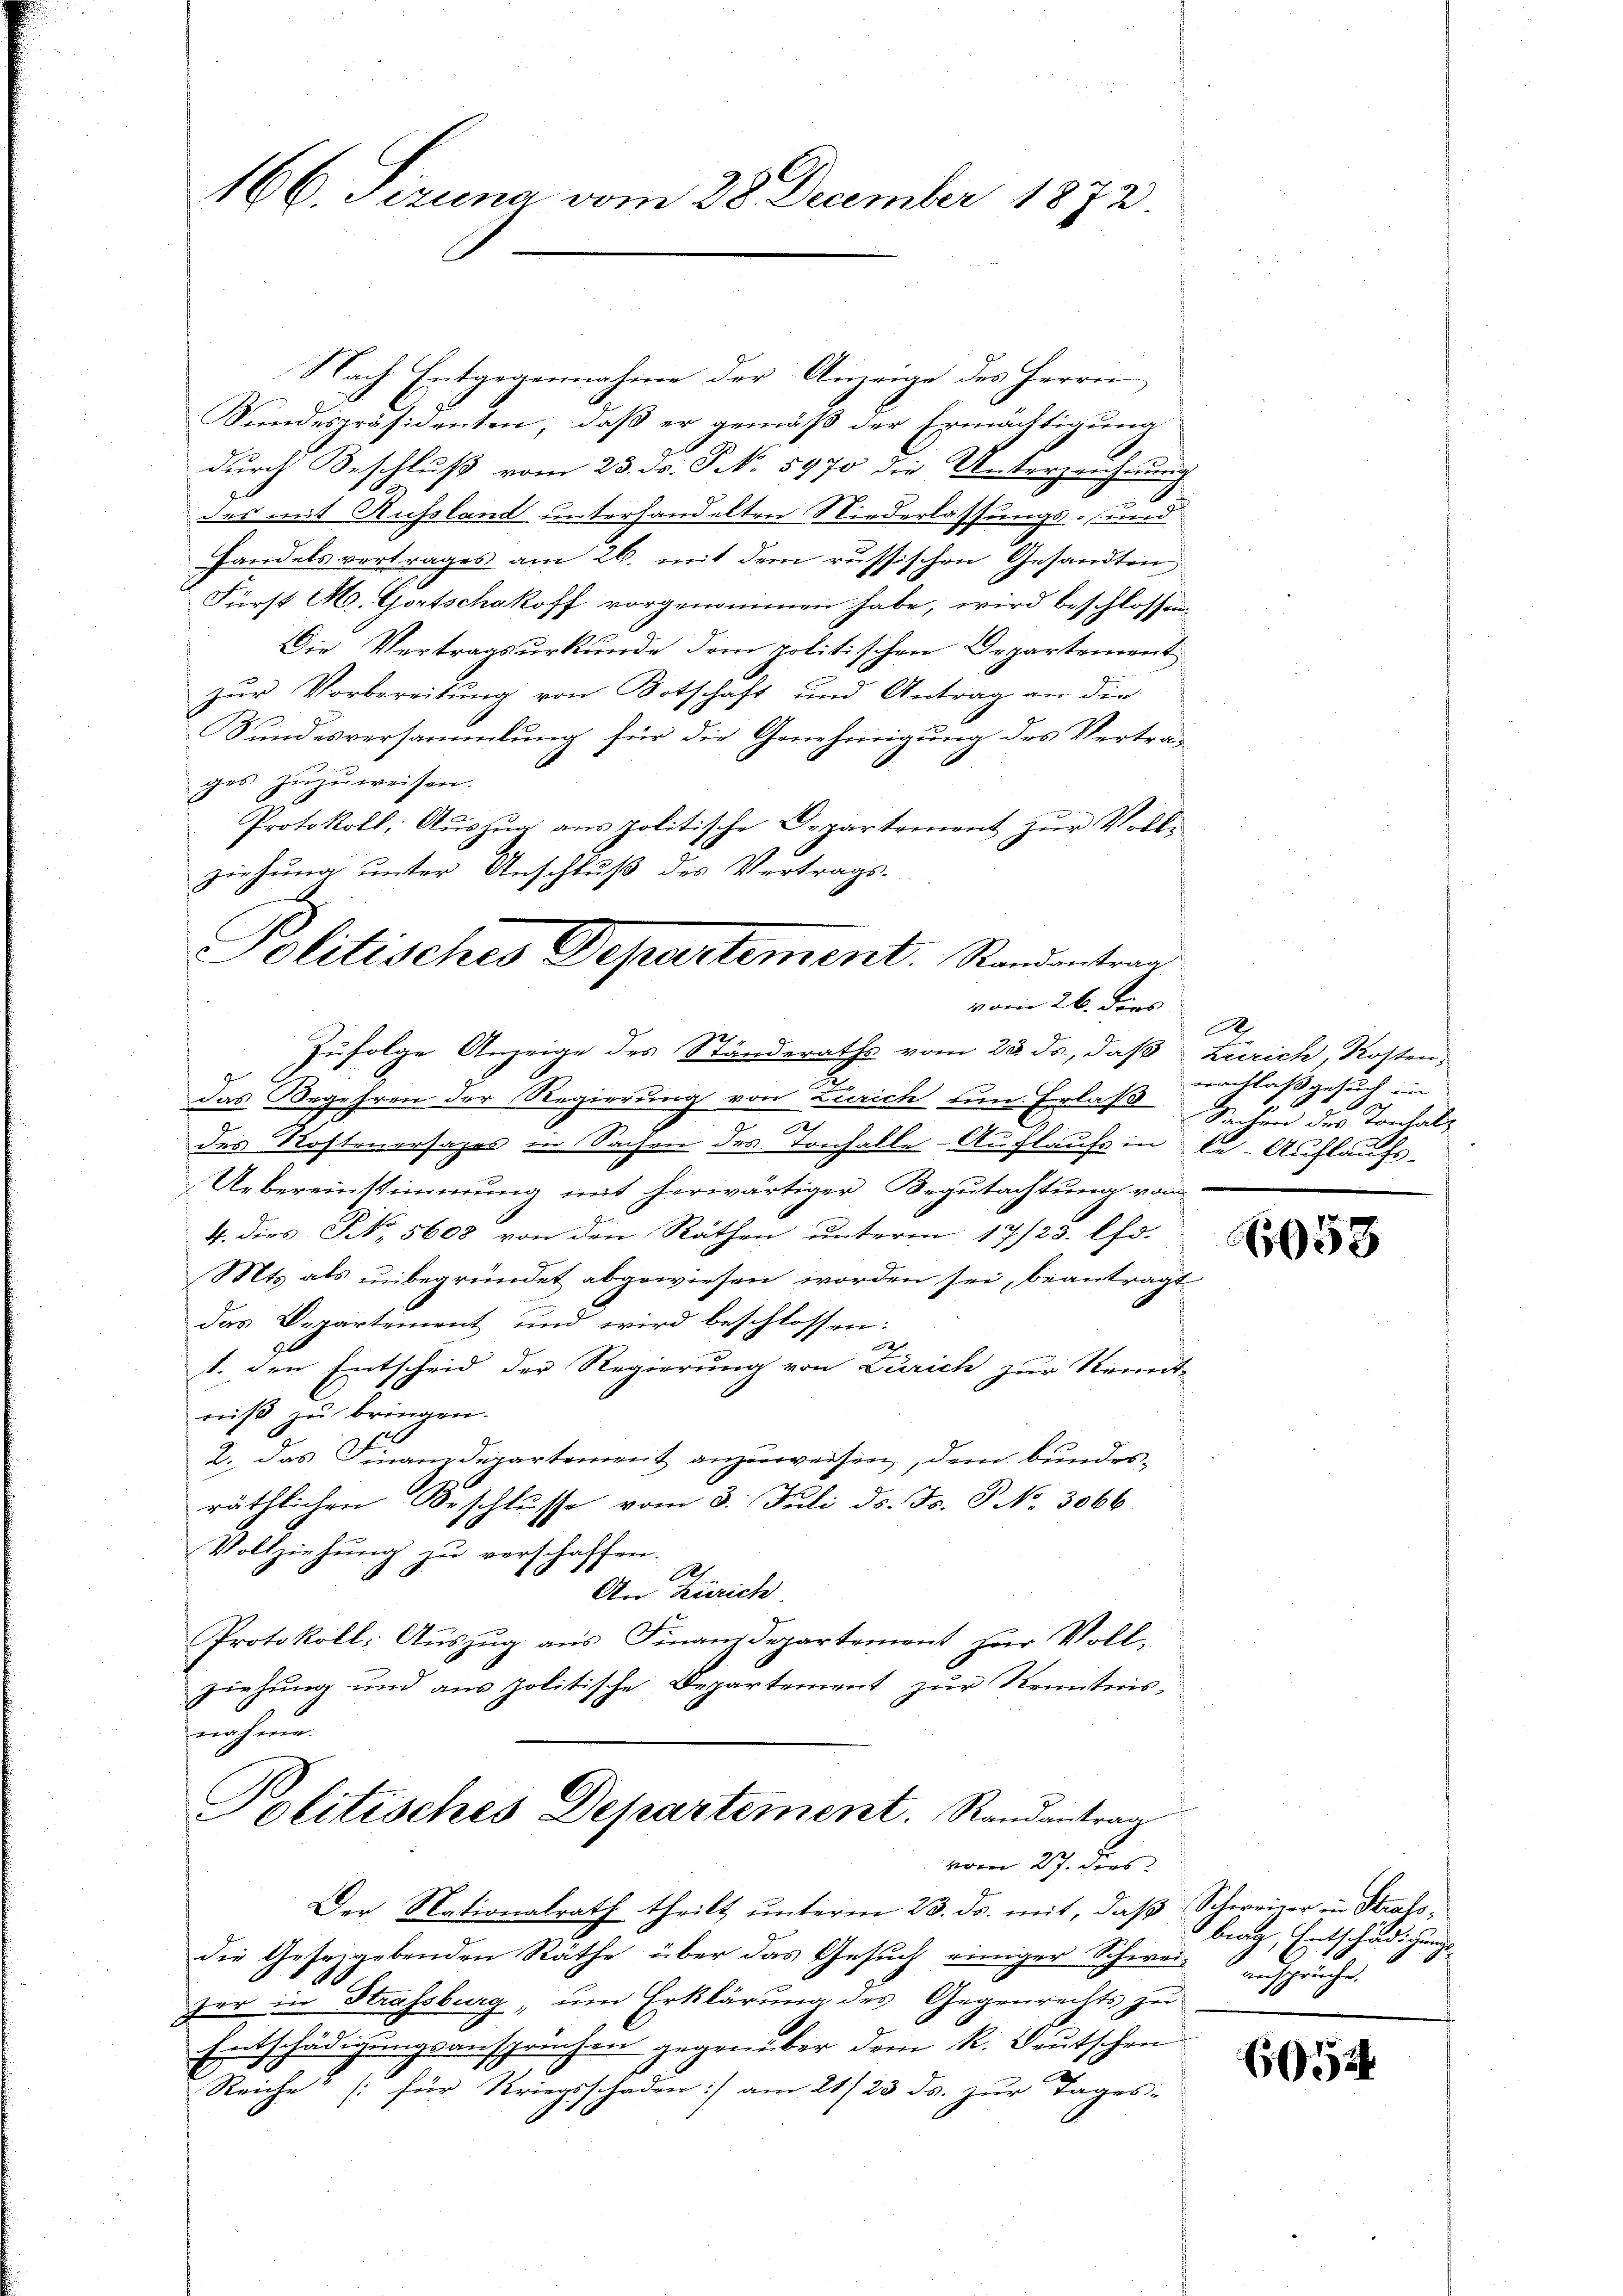
166. Sizung vom 28. December 1872.

Nach Entgegennahme der Anzeige des Herrn
Kundespräsidenten, daß er gemäß der Ermächtigung
durch Beschluß vom 23. ds. P No 5970 die Unterzeichtung
des mit Aussland unterhandelten Niederlassungs- und
Handelsvertrages am 26. mit dem russischen Gesandten
Fürst M. Gortschakoff vorgenommen habe, wird beschlossen,
Die Vertragsurkunde dem politischen Departement
zur Vorbereitung von Botschaft und Antrag an die
Sundesversammlung für die Genehmigung des Vertrages zuzuweisen.
Protokoll, Aŭszŭg ans politische Departement zŭr Voll-
ziehung unter Anschluß des Vertrags-
Zufolge Anzeige des Ständeraths vom 23. ds, daß Zürich, Kosten,
2
das Begehren der Regierung von Zürich zum Erlass Z. des Tonsalz
des Kostenersages in Sachen des Tonhalle - Auflaufs in C. Auflaufs¬
Uebereinstimmung mit herwärtiger Begutachtung vom
4. dies No. 5608 von den Räthen unterm 17/23. Chr.
Mts als unbegründet abgewiesen worden sei, beantragt
das Departement und wird beschlossen:
4
1. den Entscheid der Regierung von Zürich zur Kennt-
niß zu bringen.
2. Das Finanzdepartement anzuweisen, dem bundesräthlichen Beschlusse vom 3. Juli ds. Fr. P. No. 3066.
Vollziehung zu verschaffen.
Ah
An Zürich
Protokoll: Aŭszŭg aŭs Finanzdepartement für Voll-
ziehŭng und ans politische Departement zŭr Kenntnis-
nehmen
Politisches Departement. Randantrag
vom 27. ders
Der Nationalrath theilt unterm 23. ds. mit, daß Schweiner in Stratsdie Gesetzgebenden Räthe über das Gesuch einiger Schweiz ansprüche.
zer in Strassburg, um Erklärung des Gegenrechts zu
Entschädigungsansprüchen gegenüber dem K. Deutschen
Reiche“ (: für Kriegsschaden] am 21/23. ds. zur Tages-

Politisches Departement. Randantrag
vom 26. dies

A
nachlaß gesuch in
e

058

brach, Entschädigung

60524